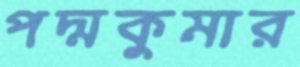
পদ্মকুমার